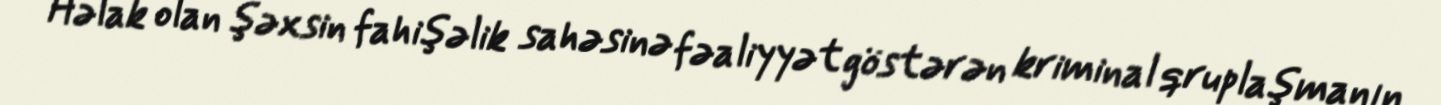
Həlak olan şəxsin fahişəlik sahəsinə fəaliyyət göstərən kriminal qruplaşmanın